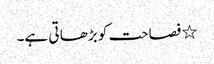
٭ فصاحت کو بڑھا تی ہے۔